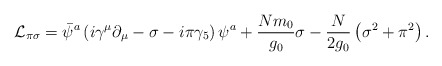
\begin{align*}{\cal L}_{\pi \sigma}=\bar \psi^a\left(i\gamma^{\mu}\partial_{\mu}-\sigma-i\pi\gamma_5\right)\psi^a+{Nm_0 \over g_0}\sigma -{N \over 2g_0}\left(\sigma^2+\pi^2\right).\end{align*}